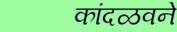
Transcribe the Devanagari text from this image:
कांदळवने